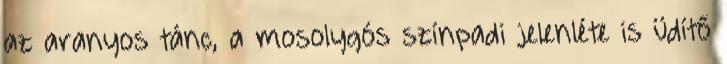
az aranyos tánc, a mosolygós színpadi jelenléte is üdítő